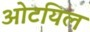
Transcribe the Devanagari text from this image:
ओटयिल